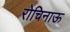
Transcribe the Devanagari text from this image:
रोचिनाऊ